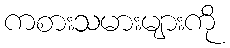
ကစားသမားများကို